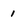
Character: 1